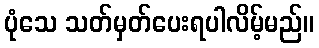
ပုံသေ သတ်မှတ်ပေးရပါလိမ့်မည်။